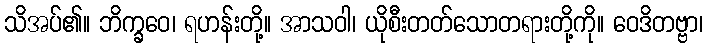
သိအပ်၏။ ဘိက္ခဝေ၊ ရဟန်းတို့။ အာသဝါ၊ ယိုစီးတတ်သောတရားတို့ကို။ ဝေဒိတဗ္ဗာ၊